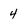
Character: 4